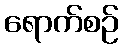
ရောက်စဉ်